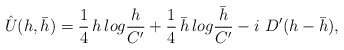
\begin{align*}\hat U(h,\bar h)={1 \over 4}\,h \,log {h \over C ' } + {1 \over4}\,\bar h \,log {\bar h \over C' }-i\ D' (h-\bar h),\end{align*}